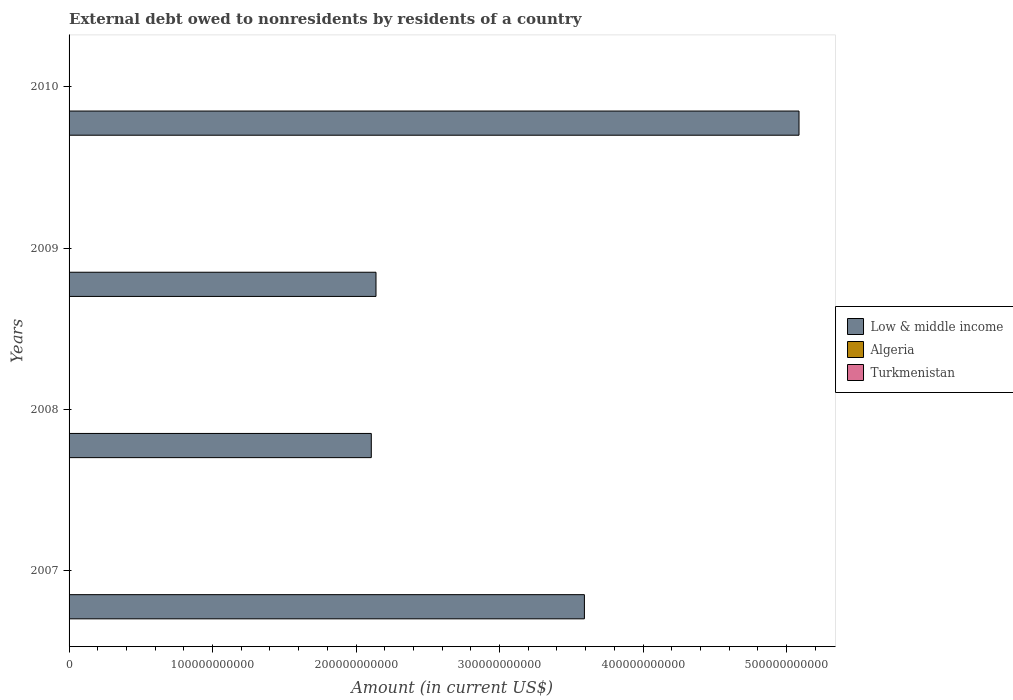
| Years | Low & middle income | Algeria | Turkmenistan |
 | --- | --- | --- | --- |
 | 2007 | 3.59e+11 | -3.05e+08 | -1.85e+08 |
 | 2008 | 2.11e+11 | 1.71e+08 | -1.55e+08 |
 | 2009 | 2.14e+11 | -5.1e+08 | -8.72e+07 |
 | 2010 | 5.09e+11 | -2.29e+08 | -1.37e+08 |